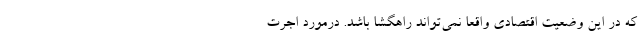
که در این وضعیت اقتصادی واقعا نمی‌تواند راهگشا باشد. درمورد اجرت